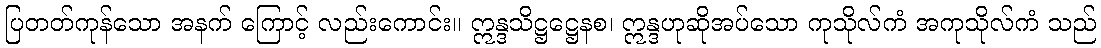
ပြတတ်ကုန်သော အနက် ကြောင့် လည်းကောင်း။ ဣန္ဒသိဋ္ဌဋ္ဌေနစ၊ ဣန္ဒဟုဆိုအပ်သော ကုသိုလ်ကံ အကုသိုလ်ကံ သည်